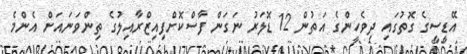
އޭޑީސީގެ ގޮތުގައި ދިވެހީންގެ އަތުން 12 ޑޮލަރު ނަގަން ފާސްކޮށްފިއިޒްރާއިލުގެ ތިންވަނައަށް އެންމެ